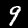
Label: 9